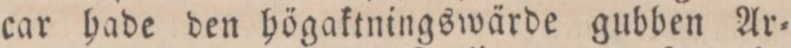
car hade den högaktningswärde gubben Ar=